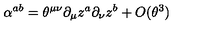
\alpha ^ { a b } = \theta ^ { \mu \nu } \partial _ { \mu } z ^ { a } \partial _ { \nu } z ^ { b } + O ( \theta ^ { 3 } )